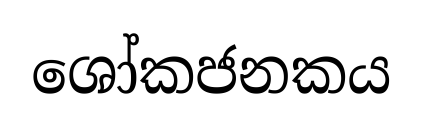
ශෝකජනකය